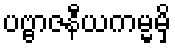
ပဗ္ဗာဇနီယကမ္မမှိ